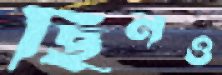
ছিনও